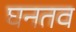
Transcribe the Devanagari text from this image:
घनतव